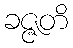
ခဇ္ဇတိ